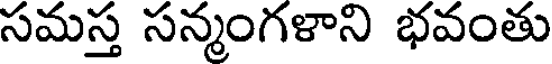
సమస్త సన్మంగళాని భవంతు